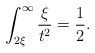
\begin{align*} \int_{2\xi}^\infty \frac{\xi}{t^2}= \frac{1}{2}. \end{align*}